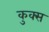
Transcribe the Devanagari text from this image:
कुक्स